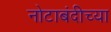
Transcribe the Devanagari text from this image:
नोटाबंदीच्या